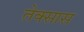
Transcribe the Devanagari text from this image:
तेक्सास